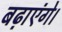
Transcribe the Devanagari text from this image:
बढ़ाएंगे।